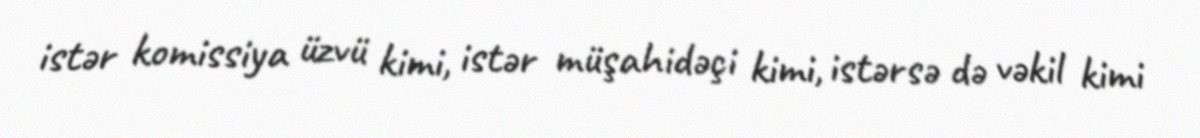
istər komissiya üzvü kimi, istər müşahidəçi kimi, istərsə də vəkil kimi